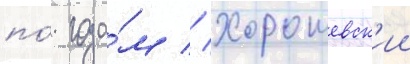
по́ года́м // Хорошевск'ии